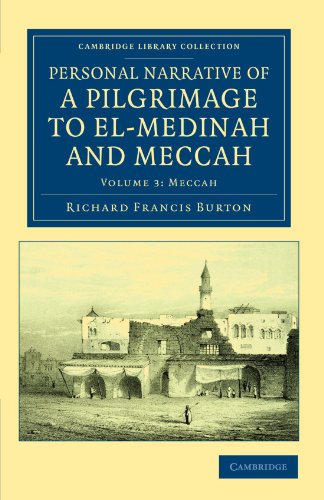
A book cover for Personal Narrative of a Pilgrimage to El-Medinah and Meccah (Cambridge Library Collection - Travel, Middle East and Asia Minor) (Volume 3); Richard Francis Burton; Religion & Spirituality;